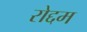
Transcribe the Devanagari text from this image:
रोद्दम